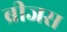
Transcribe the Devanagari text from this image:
ब्रीजस